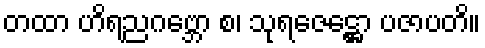
တထာ ဟိရညဂဗ္ဘော စ၊ သုရဇေဋ္ဌော ပဇာပတိ။